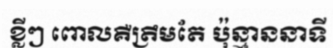
ខ្លីៗ ពោលគឺត្រឹមតែ ប៉ុន្មាននាទី